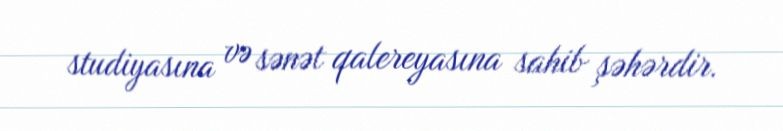
studiyasına və sənət qalereyasına sahib şəhərdir.